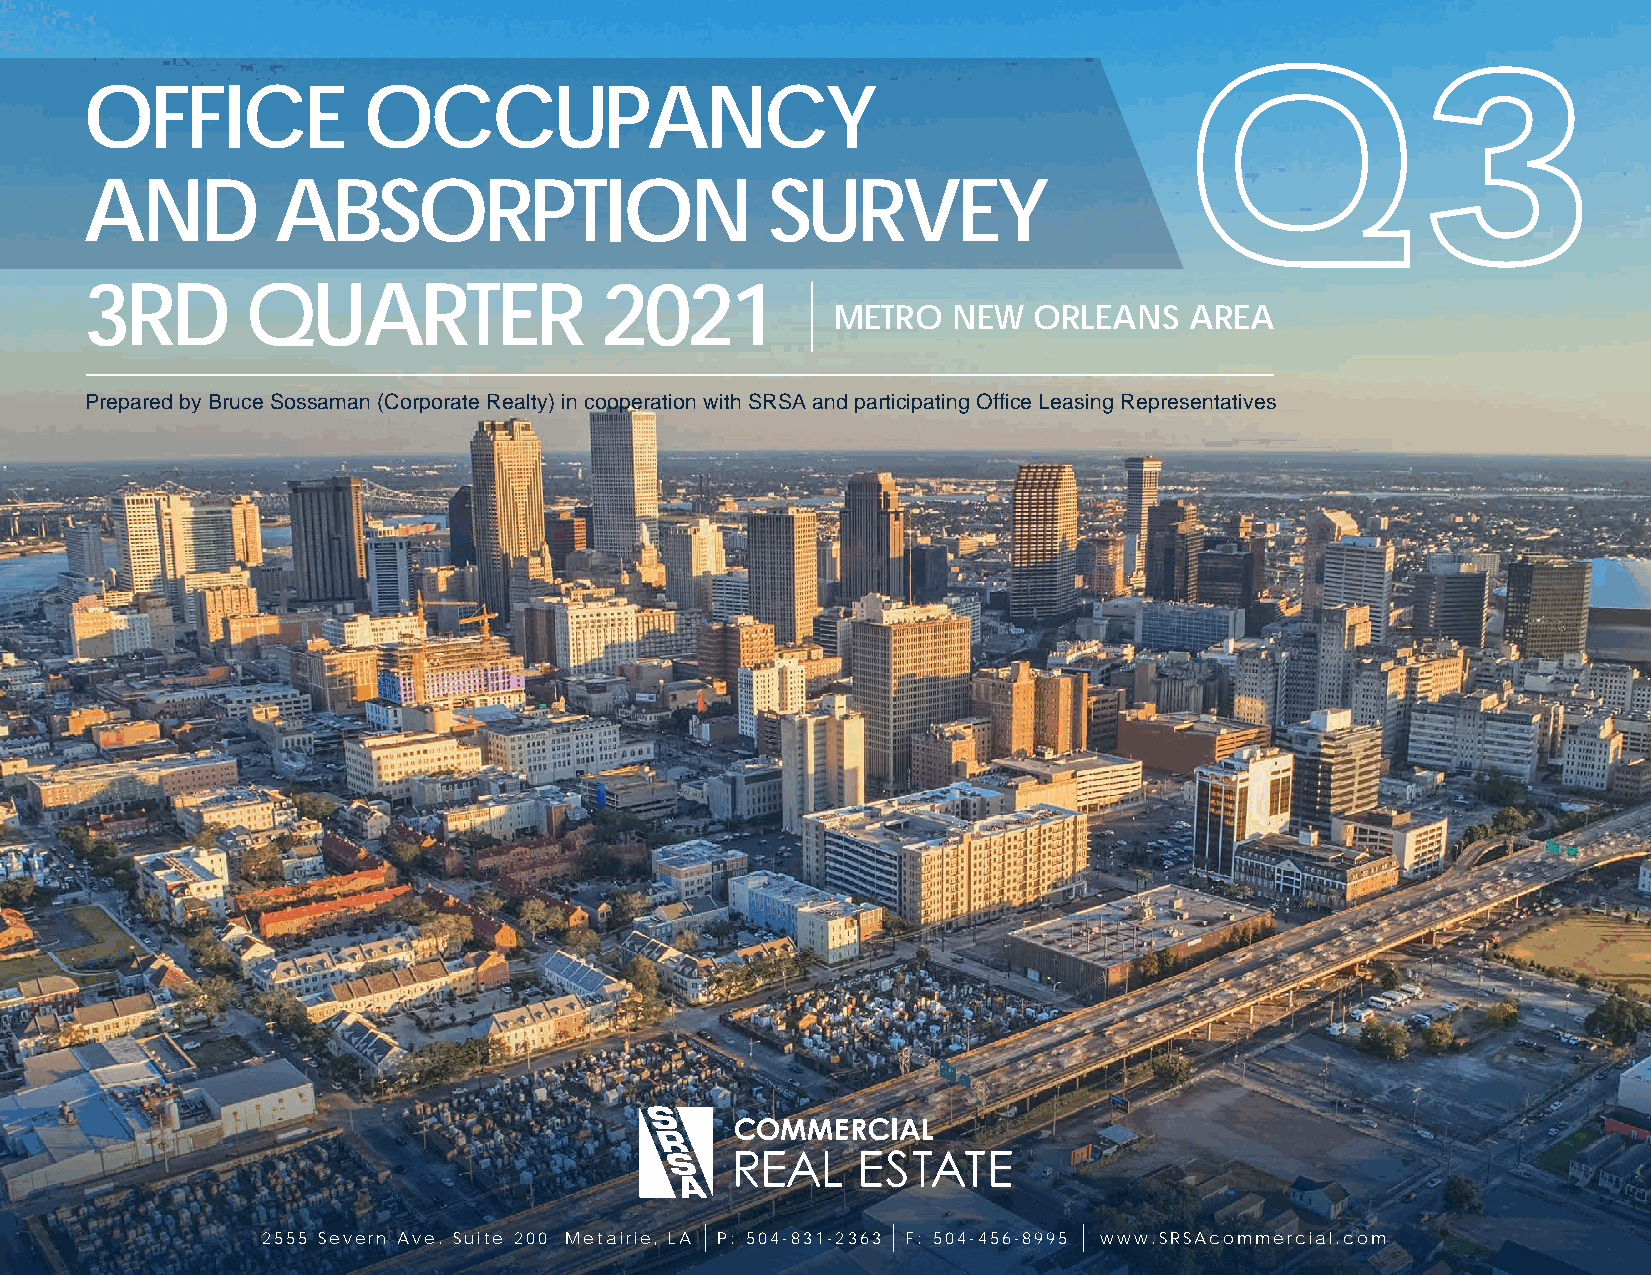
Q3
 OFFICE            OCCUPANCY
 AND         ABSORPTION                       SURVEY
 3RD       QUARTER                 2021
 METRO   NEW  ORLEANS    AREA
 Prepared by Bruce Sossaman (Corporate Realty) in cooperation with SRSA and participating Office Leasing Representatives
 2555 Severn Ave. Suite 200 Metairi e, LA P: 504- 831-2363 F: 504- 456-8995 www.SRSAcommercial.com